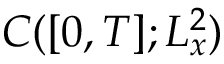
C ( [ 0 , T ] ; L _ { x } ^ { 2 } )